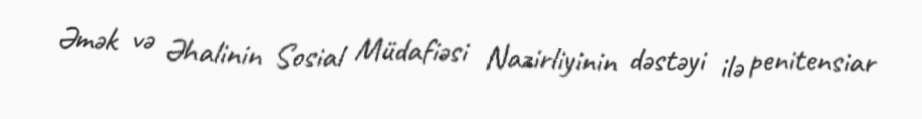
Əmək və Əhalinin Sosial Müdafiəsi Nazirliyinin dəstəyi ilə penitensiar